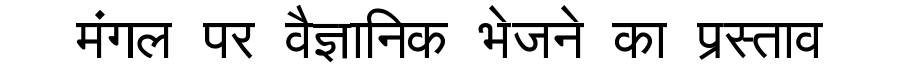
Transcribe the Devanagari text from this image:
मंगल पर वैज्ञानिक भेजने का प्रस्ताव